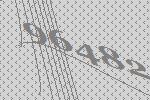
96482